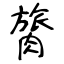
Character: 膐